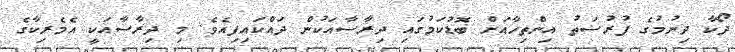
ދޯކާ ދިނުމުގެ ފުރުސަތު އިންތިހާއަށް ބޮޑުކަމުގައި ދިރާސާއަކުން ދައްކައިފިއެވެ. މި ދިރާސާއަކީ އެމެރިކާގެ